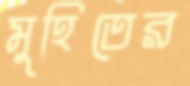
মুহিতের